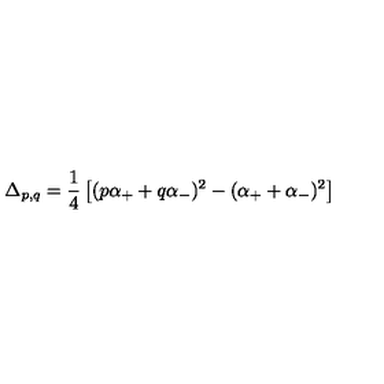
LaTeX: \Delta _ { p , q } = { \frac { 1 } { 4 } } \left[ ( p \alpha _ { + } + q \alpha _ { - } ) ^ { 2 } - ( \alpha _ { + } + \alpha _ { - } ) ^ { 2 } \right]